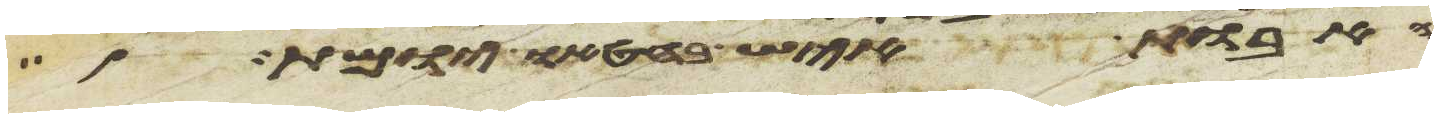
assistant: האבות איש בחטאו יומת